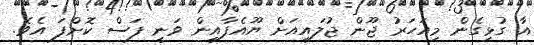
އާ ގުޅިގެން މިއަހަރު ޖޫން ޖުލައިއަށް ޔޫއެފާއިން ވަނީ ފަސް ކޮށްފަ އެވެ.